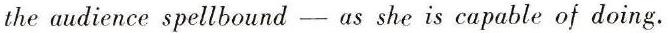
the audience spellbound - as she is capable of doing.